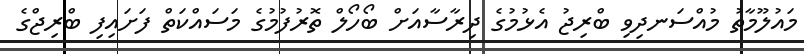
މައުލޫމާތު މުއްސަނދިވި ބްރިޖު އެޅުމުގެ ދިރާސާއަށް ބޯހޯލް ތޮރުފުމުގެ މަސައްކަތް ފަށައިފި ބްރިޖްގެ